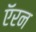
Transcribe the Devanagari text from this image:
ऍरन